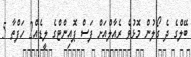
ބޭލްގެ ދެ ގޯލުން މޮޅުވެ ރެއާލްއަށް ފަސް ޕޮއިންޓްގެ ލީޑެއް2 ހަފްތާ 5